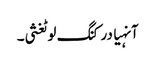
آنہیا درکنگ لوٹغثی۔